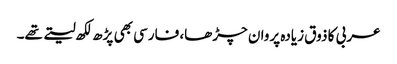
عربی کا ذوق زیادہ پروان چڑھا، فارسی بھی پڑھ لکھ لیتے تھے۔